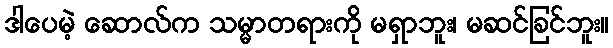
ဒါပေမဲ့ ဆောလ်က သမ္မာတရားကို မရှာဘူး၊ မဆင်ခြင်ဘူး။